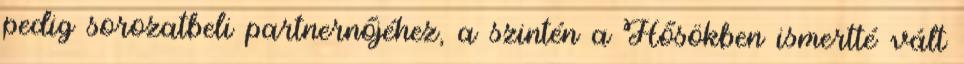
pedig sorozatbeli partnernőjéhez, a szintén a Hősökben ismertté vált